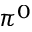
\pi ^ { 0 }